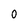
Character: 0